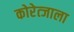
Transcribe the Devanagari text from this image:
कोरेत्जाला